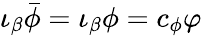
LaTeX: \iota_{\beta}\bar{\phi}=\iota_{\beta}\phi=c_{\phi}\varphi